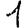
Digit: 1